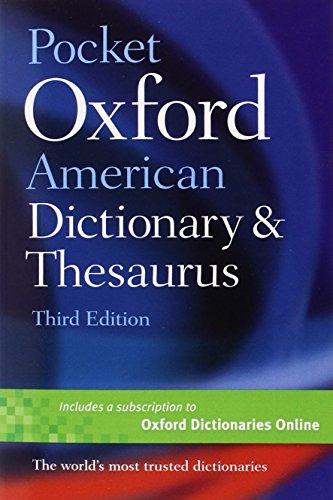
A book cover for Pocket Oxford American Dictionary & Thesaurus; Reference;